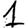
Digit: 1